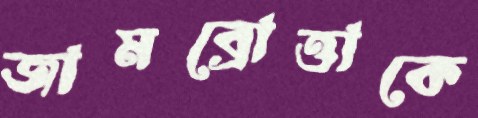
জামব্রোত্তাকে